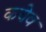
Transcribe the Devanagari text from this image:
कयेव